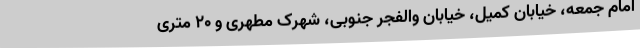
امام جمعه، خیابان کمیل، خیابان والفجر جنوبی، شهرک مطهری و 20 متری